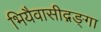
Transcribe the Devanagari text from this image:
भियैवासीद्गङ्गा